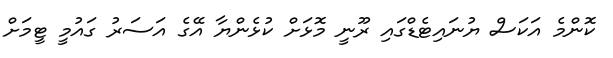
ކޮންމެ އަކަސް ޔުނައިޓެޑްގައި ރޫނީ މޮޅަށް ކުޅެންޔާ އޭގެ އަސަރު ގައުމީ ޓީމަށް